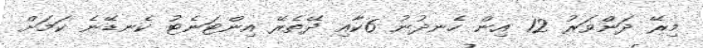
މިރޭ ދަންވަރު 12 އިން ހެނދުނު 6ކާއި ދޭތެރޭ އިންޓަނެޓު ކެނޑޭނެ ކަމަށް